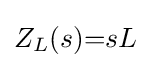
Z_{L}(s){=}sL